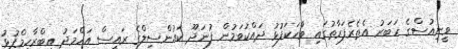
ވީނިއުސްގެ ހަބަރު އެތެރެފަރާތުުގައި ވަާހަކަފުޅު ދައްކަަވަމުން ފުނަދޫ ކައުންސިލްގެ ރައީސް އަހްމަދު އިބްރާހިމްފުޅު